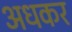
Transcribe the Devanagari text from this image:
अधकर